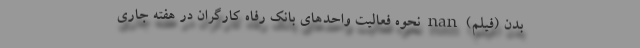
بدن (فیلم) nan نحوه فعالیت واحدهای بانک رفاه کارگران در هفته جاری